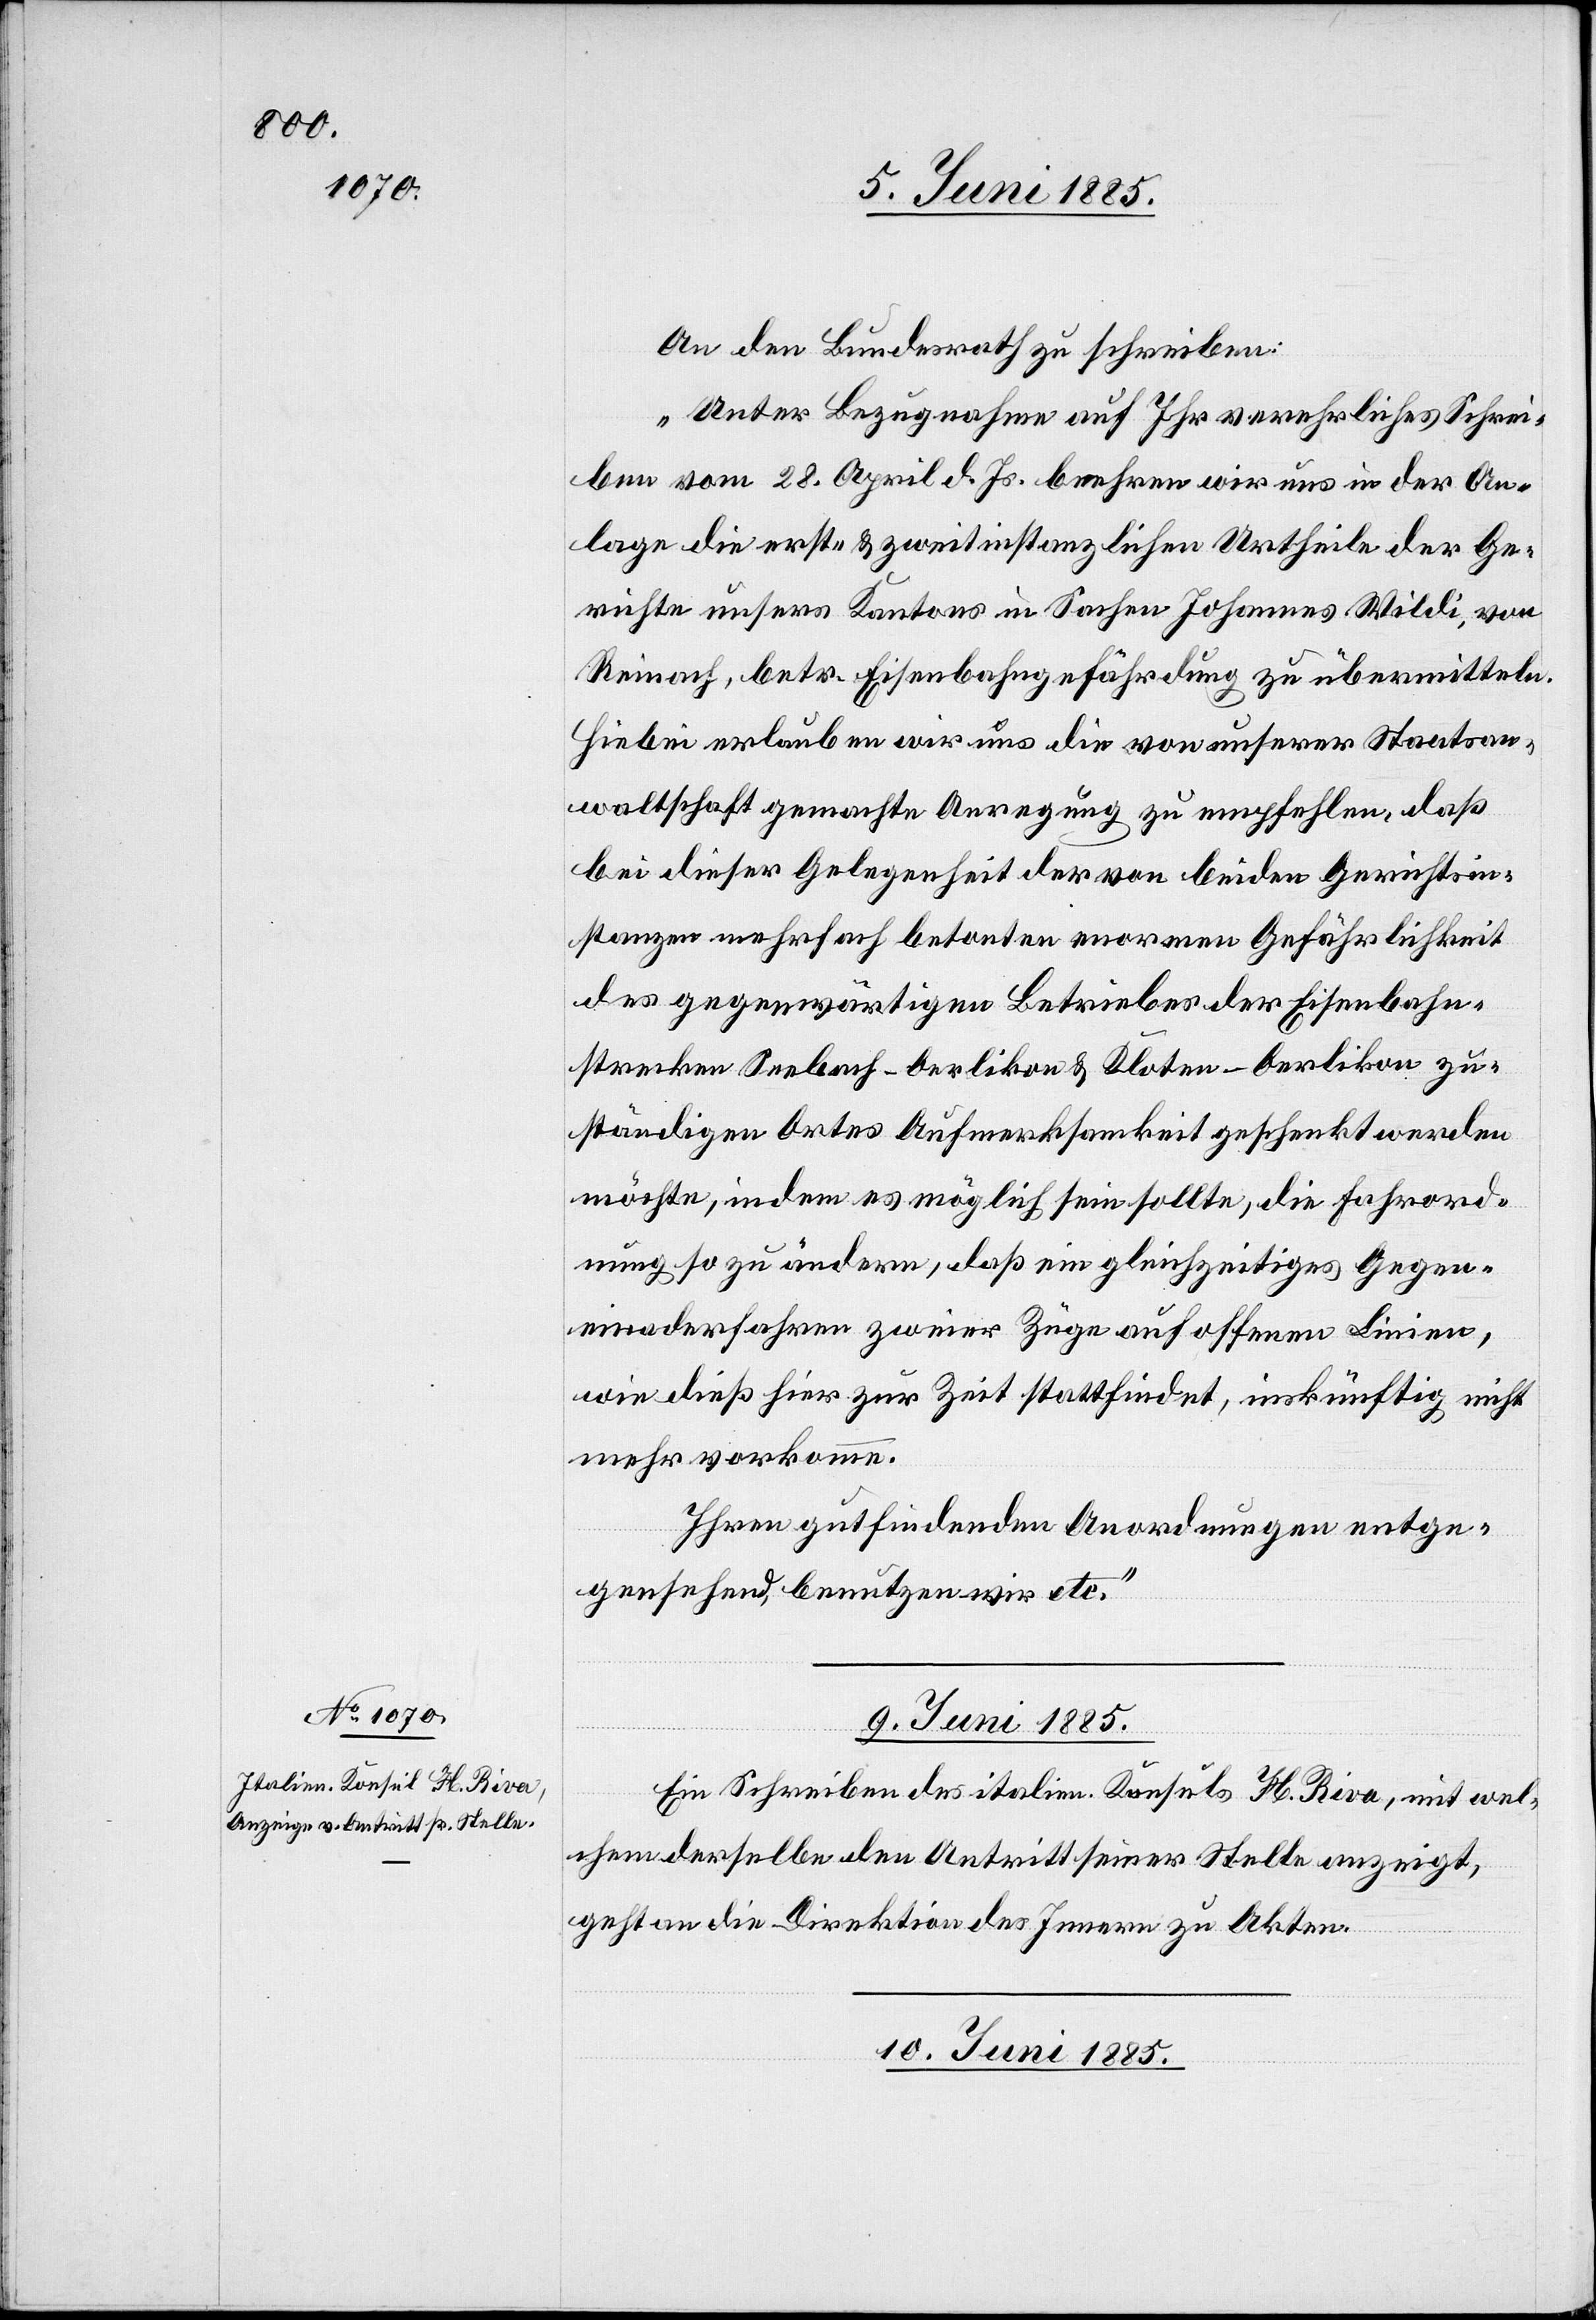
An den Bundesrath zu schreiben:
„Unter Bezugnahme auf Ihr verehrliches Schrei¬
ben vom 28. April d. Js. beehren wir uns in der An¬
lage die erst- & zweitinstanzlichen Urtheile der Ge¬
richte unsers Kantons in Sachen Johannes Wildi, von
Reinach, betr. Eisenbahngefährdung zu übermitteln.
Hiebei erlauben wir uns die von unserer Staatsan¬
waltschaft gemachte Anregung zu empfehlen, daß
bei dieser Gelegenheit der von beiden Gerichtsin¬
stanzen mehrfach betonten enormen Gefährlichkeit
des gegenwärtigen Betriebes der Eisenbahn¬
strecke Seebach–Oerlikon & Kloten–Oerlikon zu¬
ständigen Ortes Aufmerksamkeit geschenkt werden
möchte, indem es möglich sein sollte, die Fahrord¬
nung so zu ändern, daß ein gleichzeitiges Gegen¬
einanderfahren zweier Züge auf offenen Linien,
wie dieß hier zur Zeit stattfindet, inskünftig nicht
mehr vorkomme.
Ihre gutfindenden Anordnungen entge¬
gensehend, benutzen wir etc.“
09. Juni 1885.
Ein Schreiben des italien. Konsuls H. Riva, mit wel¬
chem derselbe den Antritt seiner Stelle anzeigt,
geht an die Direktion des Innern zu Akten.
10. Juni1885.